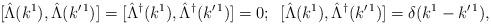
LaTeX: \begin{align*}\mbox [\hat{\Lambda}(k^{1}),\hat{\Lambda}(k^{\prime \, 1})]=[\hat{\Lambda}^{\dagger}(k^{1}),\hat{\Lambda}^{\dagger}(k^{\prime \,1})]=0;\,\,\,[\hat{\Lambda}(k^{1}),\hat{\Lambda}^{\dagger}(k^{\prime \,1})]=\delta(k^{1}- k^{\prime \, 1}),\end{align*}